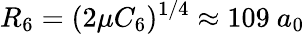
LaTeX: R_{6}=(2\mu C_{6})^{1/4}\approx 109~a_{0}